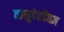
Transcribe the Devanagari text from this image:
वासुदेवदैवज्ञ